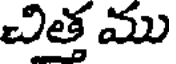
చిత్త ము